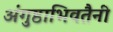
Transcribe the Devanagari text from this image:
अंगुष्ठाभिवतैनी